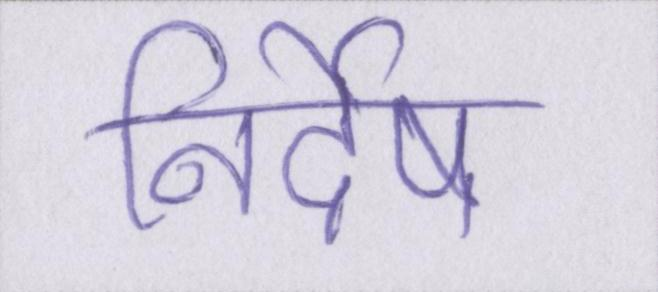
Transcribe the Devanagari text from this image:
निर्देष